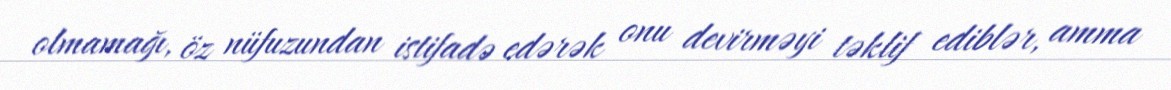
olmamağı, öz nüfuzundan istifadə edərək onu devirməyi təklif ediblər, amma